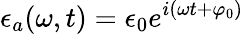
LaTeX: \epsilon_{a}(\omega,t)=\epsilon_{0}e^{i(\omega t+\varphi_{0})}